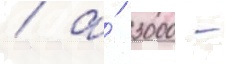
/ а́ 3000 -